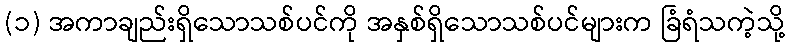
(၁) အကာချည်းရှိသောသစ်ပင်ကို အနှစ်ရှိသောသစ်ပင်များက ခြံရံသကဲ့သို့